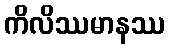
ကိလိဿမာနဿ